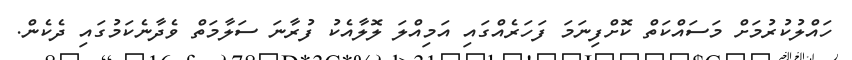
ހައްލުކުރުމަށް މަސައްކަތް ކޮށްފިނަމަ ފަހަރެއްގައި އަމިއްލަ ލޮލާއެކު ފުރާނަ ސަލާމަތް ވެދާނެކަމުގައި ދެކެން.